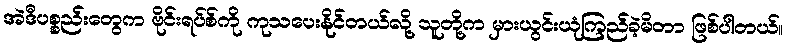
အဲဒီပစ္စည်းတွေက ဗိုင်းရပ်စ်ကို ကုသပေးနိုင်တယ်လို့ သူတို့က မှားယွင်းယုံကြည်ခဲ့မိတာ ဖြစ်ပါတယ်။